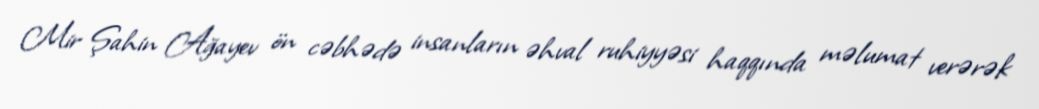
Mir Şahin Ağayev ön cəbhədə insanların əhval ruhiyyəsi haqqında məlumat verərək